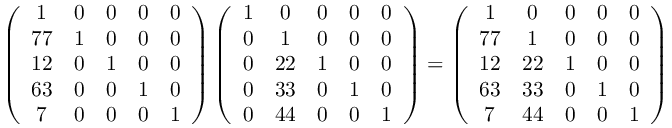
\left( { \begin{array} { c c c c c } { 1 } & { 0 } & { 0 } & { 0 } & { 0 } \\ { 7 7 } & { 1 } & { 0 } & { 0 } & { 0 } \\ { 1 2 } & { 0 } & { 1 } & { 0 } & { 0 } \\ { 6 3 } & { 0 } & { 0 } & { 1 } & { 0 } \\ { 7 } & { 0 } & { 0 } & { 0 } & { 1 } \end{array} } \right) \left( { \begin{array} { c c c c c } { 1 } & { 0 } & { 0 } & { 0 } & { 0 } \\ { 0 } & { 1 } & { 0 } & { 0 } & { 0 } \\ { 0 } & { 2 2 } & { 1 } & { 0 } & { 0 } \\ { 0 } & { 3 3 } & { 0 } & { 1 } & { 0 } \\ { 0 } & { 4 4 } & { 0 } & { 0 } & { 1 } \end{array} } \right) = \left( { \begin{array} { c c c c c } { 1 } & { 0 } & { 0 } & { 0 } & { 0 } \\ { 7 7 } & { 1 } & { 0 } & { 0 } & { 0 } \\ { 1 2 } & { 2 2 } & { 1 } & { 0 } & { 0 } \\ { 6 3 } & { 3 3 } & { 0 } & { 1 } & { 0 } \\ { 7 } & { 4 4 } & { 0 } & { 0 } & { 1 } \end{array} } \right)